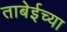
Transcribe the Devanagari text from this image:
ताबेईच्या